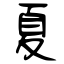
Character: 夏